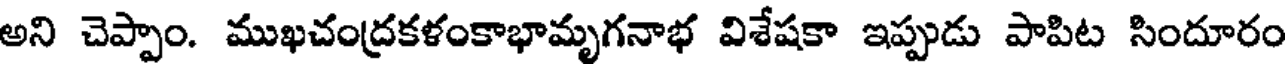
అని చెప్పాం. ముఖచంద్రకళంకాభామృగనాభ విశేషకా ఇప్పుడు పాపిట సిందూరం